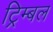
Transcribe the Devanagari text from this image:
ट्रिम्बल